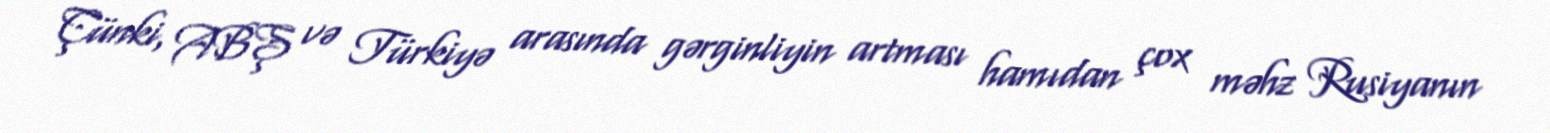
Çünki, ABŞ və Türkiyə arasında gərginliyin artması hamıdan çox məhz Rusiyanın